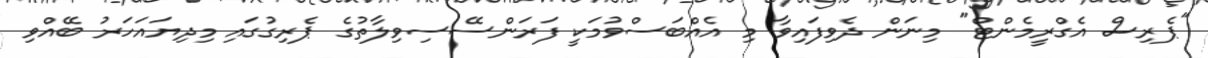
"ޕެރިސް އެގްރީމެންޓް" މިނަން ދެވިފައިވާ މި އެއްބަސްވުމަކީ ފަރަންސޭސިވިލާތުގެ ޕެރިގުގައި މިދިޔައަހަރު ބޭއްވި